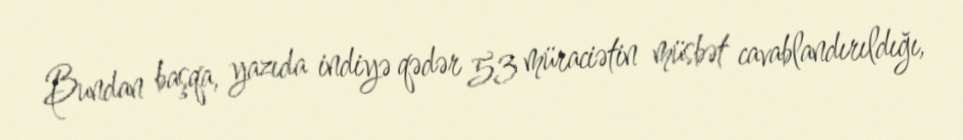
Bundan başqa, yazıda indiyə qədər 53 müraciətin müsbət cavablandırıldığı,